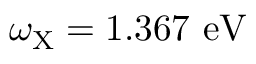
\omega _ { \mathrm { { X } } } = 1 . 3 6 7 ~ \mathrm { { e V } }